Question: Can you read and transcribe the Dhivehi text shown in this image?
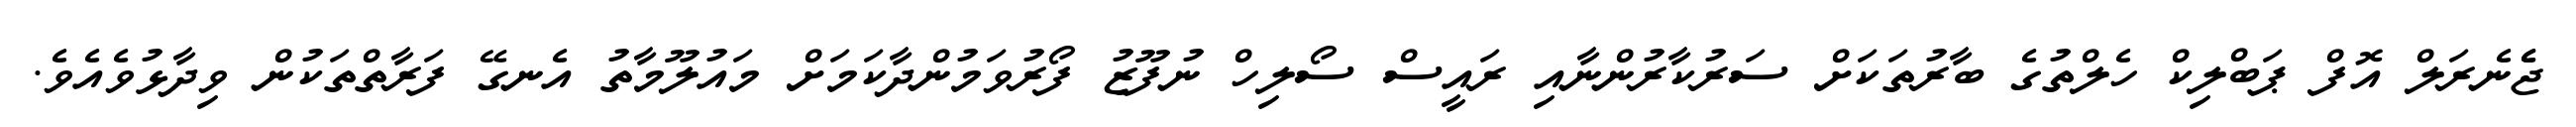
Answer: ޖެެނެރަލް އޮފް ޕަބްލިކް ހެލްތުގެ ބާރުތަކަށް ސަރުކާރުންނާއި ރައީސް ސޯލިހް ނުފޫޒު ފޯރުވަމުންދާކަމަށް މައުލޫމާތު އެނގޭ ފަރާތްތަކުން ވިދާޅުވެއެވެ.